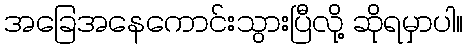
အခြေအနေကောင်းသွားပြီလို့ ဆိုရမှာပါ။